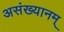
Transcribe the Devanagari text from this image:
असंख्यानम्‌